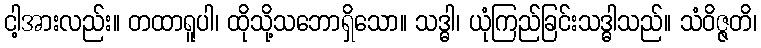
ငါ့အားလည်း။ တထာရူပါ၊ ထိုသို့သဘောရှိသော။ သဒ္ဓါ၊ ယုံကြည်ခြင်းသဒ္ဓါသည်။ သံဝိဇ္ဇတိ၊